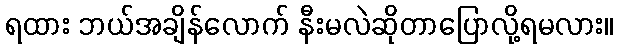
ရထား ဘယ်အချိန်လောက် နီးမလဲဆိုတာပြောလို့ရမလား။